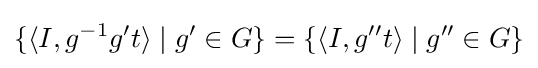
\lbrace \langle I,g^{-1}g^{\prime }t\rangle \mid g^{\prime }\in G\rbrace =\lbrace \langle I,g^{\prime \prime }t\rangle \mid g^{\prime \prime }\in G\rbrace